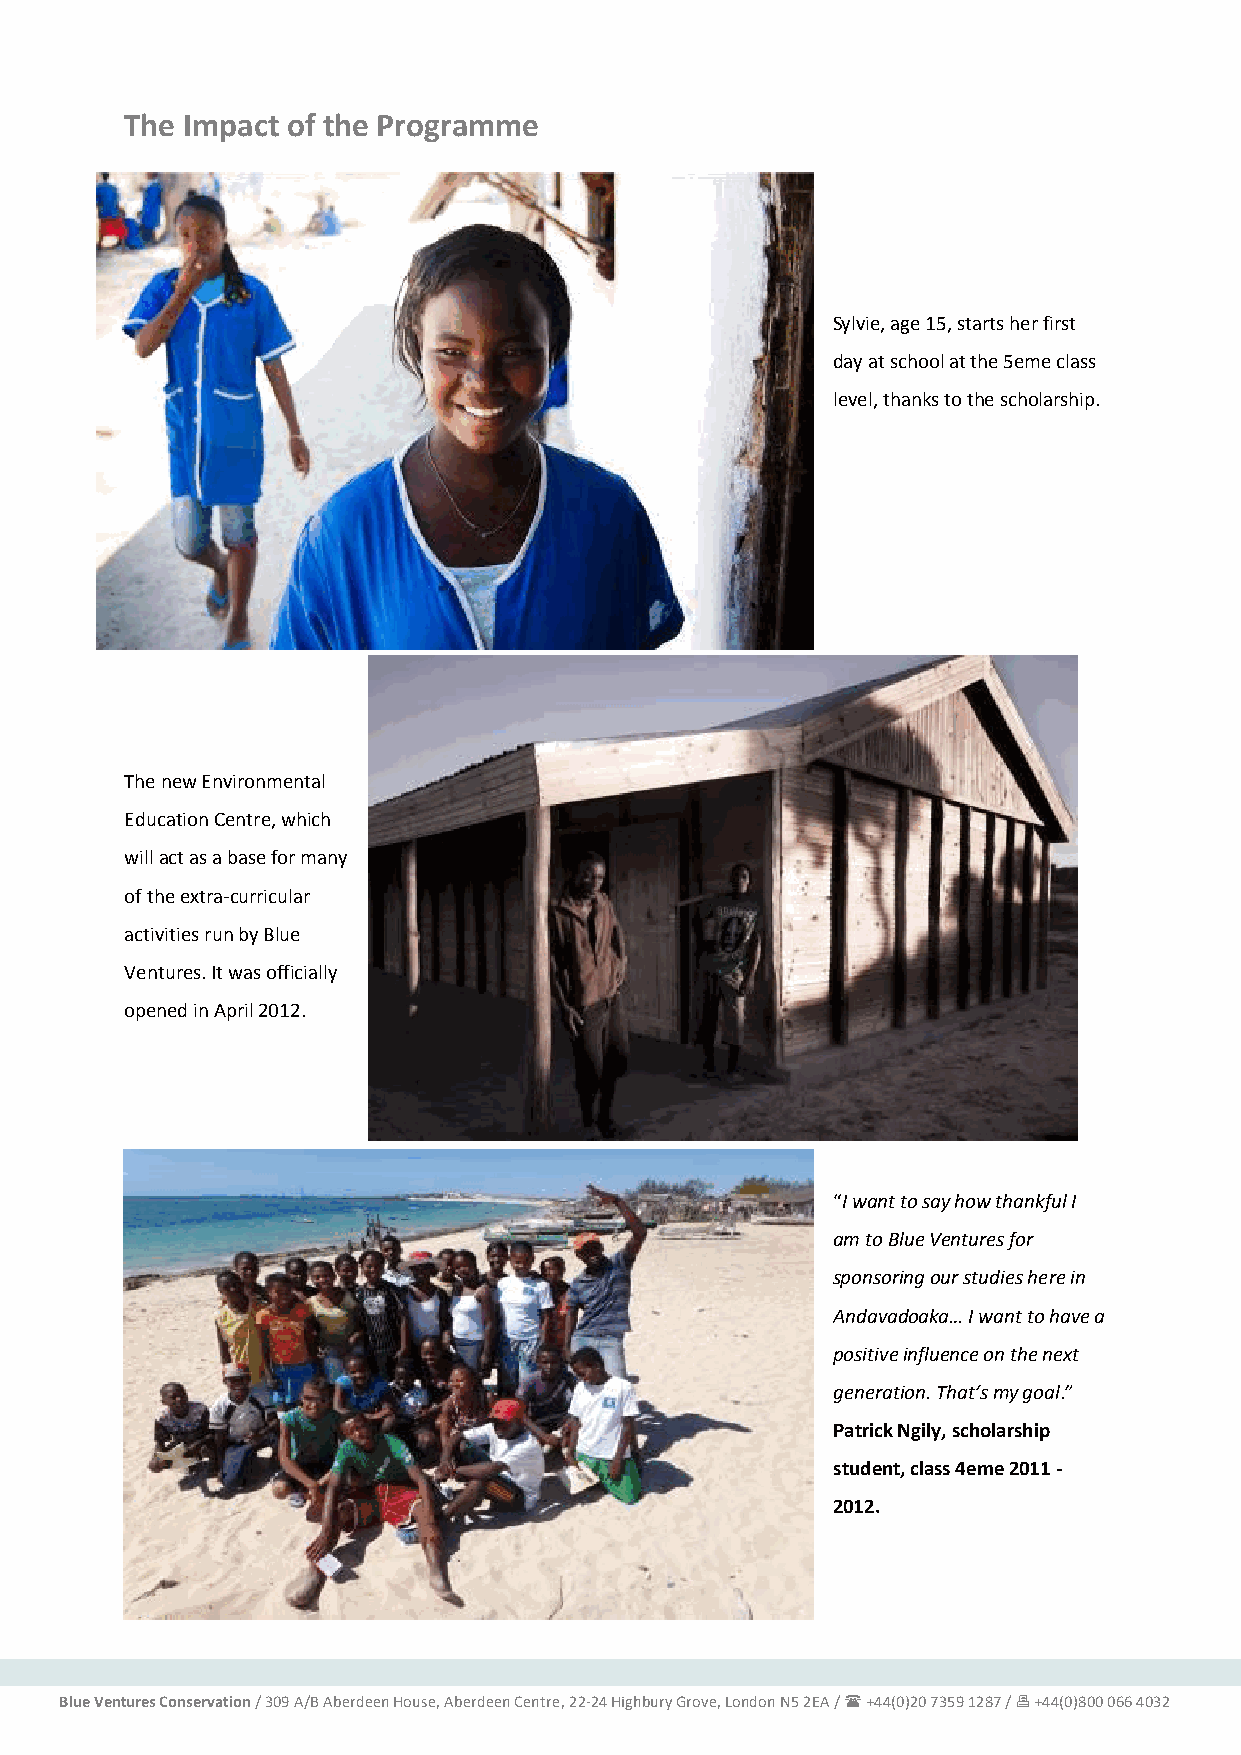
The Impact of the Programme
 Sylvie, age 15, starts her first
 day at school at the 5eme class
 level, thanks to the scholarship.
 The new Environmental
 Education Centre, which
 will act as a base for many
 of the extra-curricular
 activities run by Blue
 Ventures. It was officially
 opened in April 2012.
 “I want to say how thankful I
 am to Blue Ventures for
 sponsoring our studies here in
 Andavadoaka… I want to have a
 positive influence on the next
 generation. That’s my goal.”
 Patrick Ngily, scholarship
 student, class 4eme 2011 -
 2012.
 Blue Ventures Conservation / 309 A/B Aberdeen House, Aberdeen Centre, 22-24 Highbury Grove, London N5 2EA /  +44(0)20 7359 1287 /  +44(0)800 066 4032